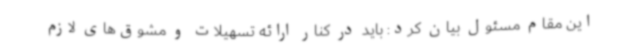
این مقام مسئول بیان کرد: باید در کنار ارائه تسهیلات و مشوق‌های لازم